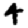
Digit: 4